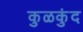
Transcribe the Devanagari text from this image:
कुळकुंद